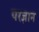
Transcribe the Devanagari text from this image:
परज्ञान